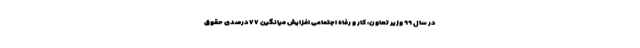
در سال ۹۹ وزیر تعاون، کار و رفاه اجتماعی افزایش میانگین ۷۷درصدی حقوق